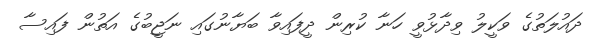
ދައުލަތުގެ ވަކީލު ވިދާޅުވީ ހަނާ ކުރިން ދީފައިވާ ބަޔާނުގައި ނަޖީބުގެ އަތުން ފައިސާ